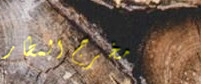
مخرج المطار